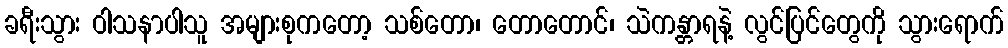
ခရီးသွား ဝါသနာပါသူ အများစုကတော့ သစ်တော၊ တောတောင်၊ သဲကန္တာရနဲ့ လွင်ပြင်တွေကို သွားရောက်